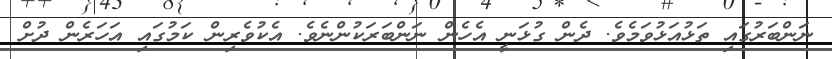
ނަންބަރުގައި ތަޅުއަޅުވަމެވެ. ދެން ގުޅަނީ އެހެން ނަންބަރަކުންނެވެ. އެކުވެރިން ކަމުގައި އަހަރެން ދުށް